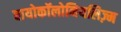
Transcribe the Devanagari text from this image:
बायोकॉलोनियलिज़्म